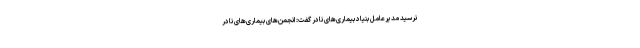
نرسید مدیرعامل بنیاد بیماری‌های نادر گفت: انجمن‌های بیماری‌های نادر